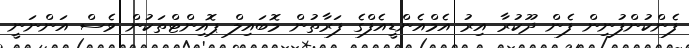
ފެންކުންފުނިން ފެން ދޫކުރާ އިރު އެމްއެންޑީއެފްގެ ފަރާތުން މޮބައިލް ޕޮއިންޓްތަކުން ވެސް އަންނަނީ